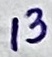
Text: 13